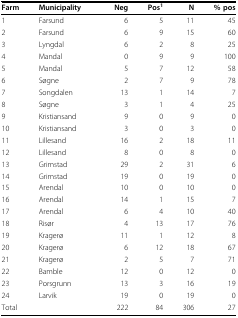
| Farm | Municipality | Neg | Pos1 | N | % pos |
 | --- | --- | --- | --- | --- | --- |
 | 1 | Farsund | 6 | 5 | 11 | 45 |
 | 2 | Farsund | 6 | 9 | 15 | 60 |
 | 3 | Lyngdal | 6 | 2 | 8 | 25 |
 | 4 | Mandal | 0 | 9 | 9 | 100 |
 | 5 | Mandal | 5 | 7 | 12 | 58 |
 | 6 | Søgne | 2 | 7 | 9 | 78 |
 | 7 | Songdalen | 13 | 1 | 14 | 7 |
 | 8 | Søgne | 3 | 1 | 4 | 25 |
 | 9 | Kristiansand | 9 | 0 | 9 | 0 |
 | 10 | Kristiansand | 3 | 0 | 3 | 0 |
 | 11 | Lillesand | 16 | 2 | 18 | 11 |
 | 12 | Lillesand | 8 | 0 | 8 | 0 |
 | 13 | Grimstad | 29 | 2 | 31 | 6 |
 | 14 | Grimstad | 19 | 0 | 19 | 0 |
 | 15 | Arendal | 10 | 0 | 10 | 0 |
 | 16 | Arendal | 14 | 1 | 15 | 7 |
 | 17 | Arendal | 6 | 4 | 10 | 40 |
 | 18 | Risør | 4 | 13 | 17 | 76 |
 | 19 | Kragerø | 11 | 1 | 12 | 8 |
 | 20 | Kragerø | 6 | 12 | 18 | 67 |
 | 21 | Kragerø | 2 | 5 | 7 | 71 |
 | 22 | Bamble | 12 | 0 | 12 | 0 |
 | 23 | Porsgrunn | 13 | 3 | 16 | 19 |
 | 24 | Larvik | 19 | 0 | 19 | 0 |
 | Total |  | 222 | 84 | 306 | 27 |